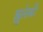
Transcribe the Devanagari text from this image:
म्लुलेकी